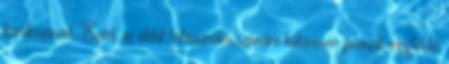
károkozásért. Ezért az oldal felhasználói számára különösen javasolt megfelelő